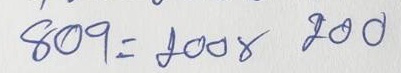
809 = 200 x 200